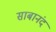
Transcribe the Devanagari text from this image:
साबानंद